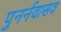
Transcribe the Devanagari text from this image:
पुनर्नवासव